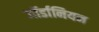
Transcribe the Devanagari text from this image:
जॉर्डानियन